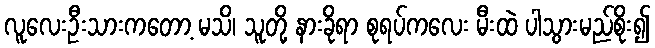
လူလေးဦးသားကတော့ မသိ၊ သူတို့ နားခိုရာ စုရပ်ကလေး မီးထဲ ပါသွားမည်စိုး၍